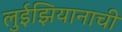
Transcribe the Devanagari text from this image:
लुईझियानाची